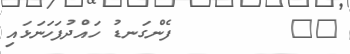
١١        ފެންގަނޑު ހައްދުފަހަނަޅައި